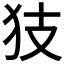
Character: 𱭴